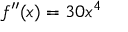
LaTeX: f ^ { \prime \prime } ( x ) = 3 0 x ^ { 4 }